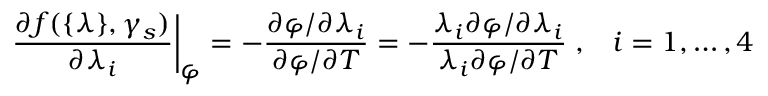
\left. \frac { \partial f ( \{ \lambda \} , \gamma _ { s } ) } { \partial \lambda _ { i } } \right| _ { \textstyle \varphi } = - \frac { \partial \varphi / \partial \lambda _ { i } } { \partial \varphi / \partial T } = - \frac { \lambda _ { i } \partial \varphi / \partial \lambda _ { i } } { \lambda _ { i } \partial \varphi / \partial T } \; , \; \; \; i = 1 , \ldots , 4